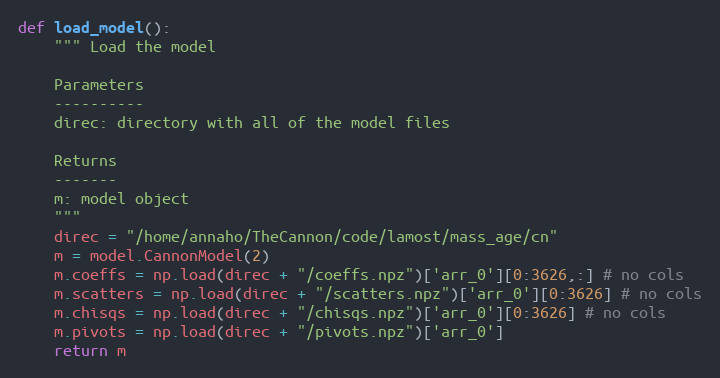
Language: Python
def load_model():
    """ Load the model

    Parameters
    ----------
    direc: directory with all of the model files

    Returns
    -------
    m: model object
    """
    direc = "/home/annaho/TheCannon/code/lamost/mass_age/cn"
    m = model.CannonModel(2)
    m.coeffs = np.load(direc + "/coeffs.npz")['arr_0'][0:3626,:] # no cols
    m.scatters = np.load(direc + "/scatters.npz")['arr_0'][0:3626] # no cols
    m.chisqs = np.load(direc + "/chisqs.npz")['arr_0'][0:3626] # no cols
    m.pivots = np.load(direc + "/pivots.npz")['arr_0']
    return m